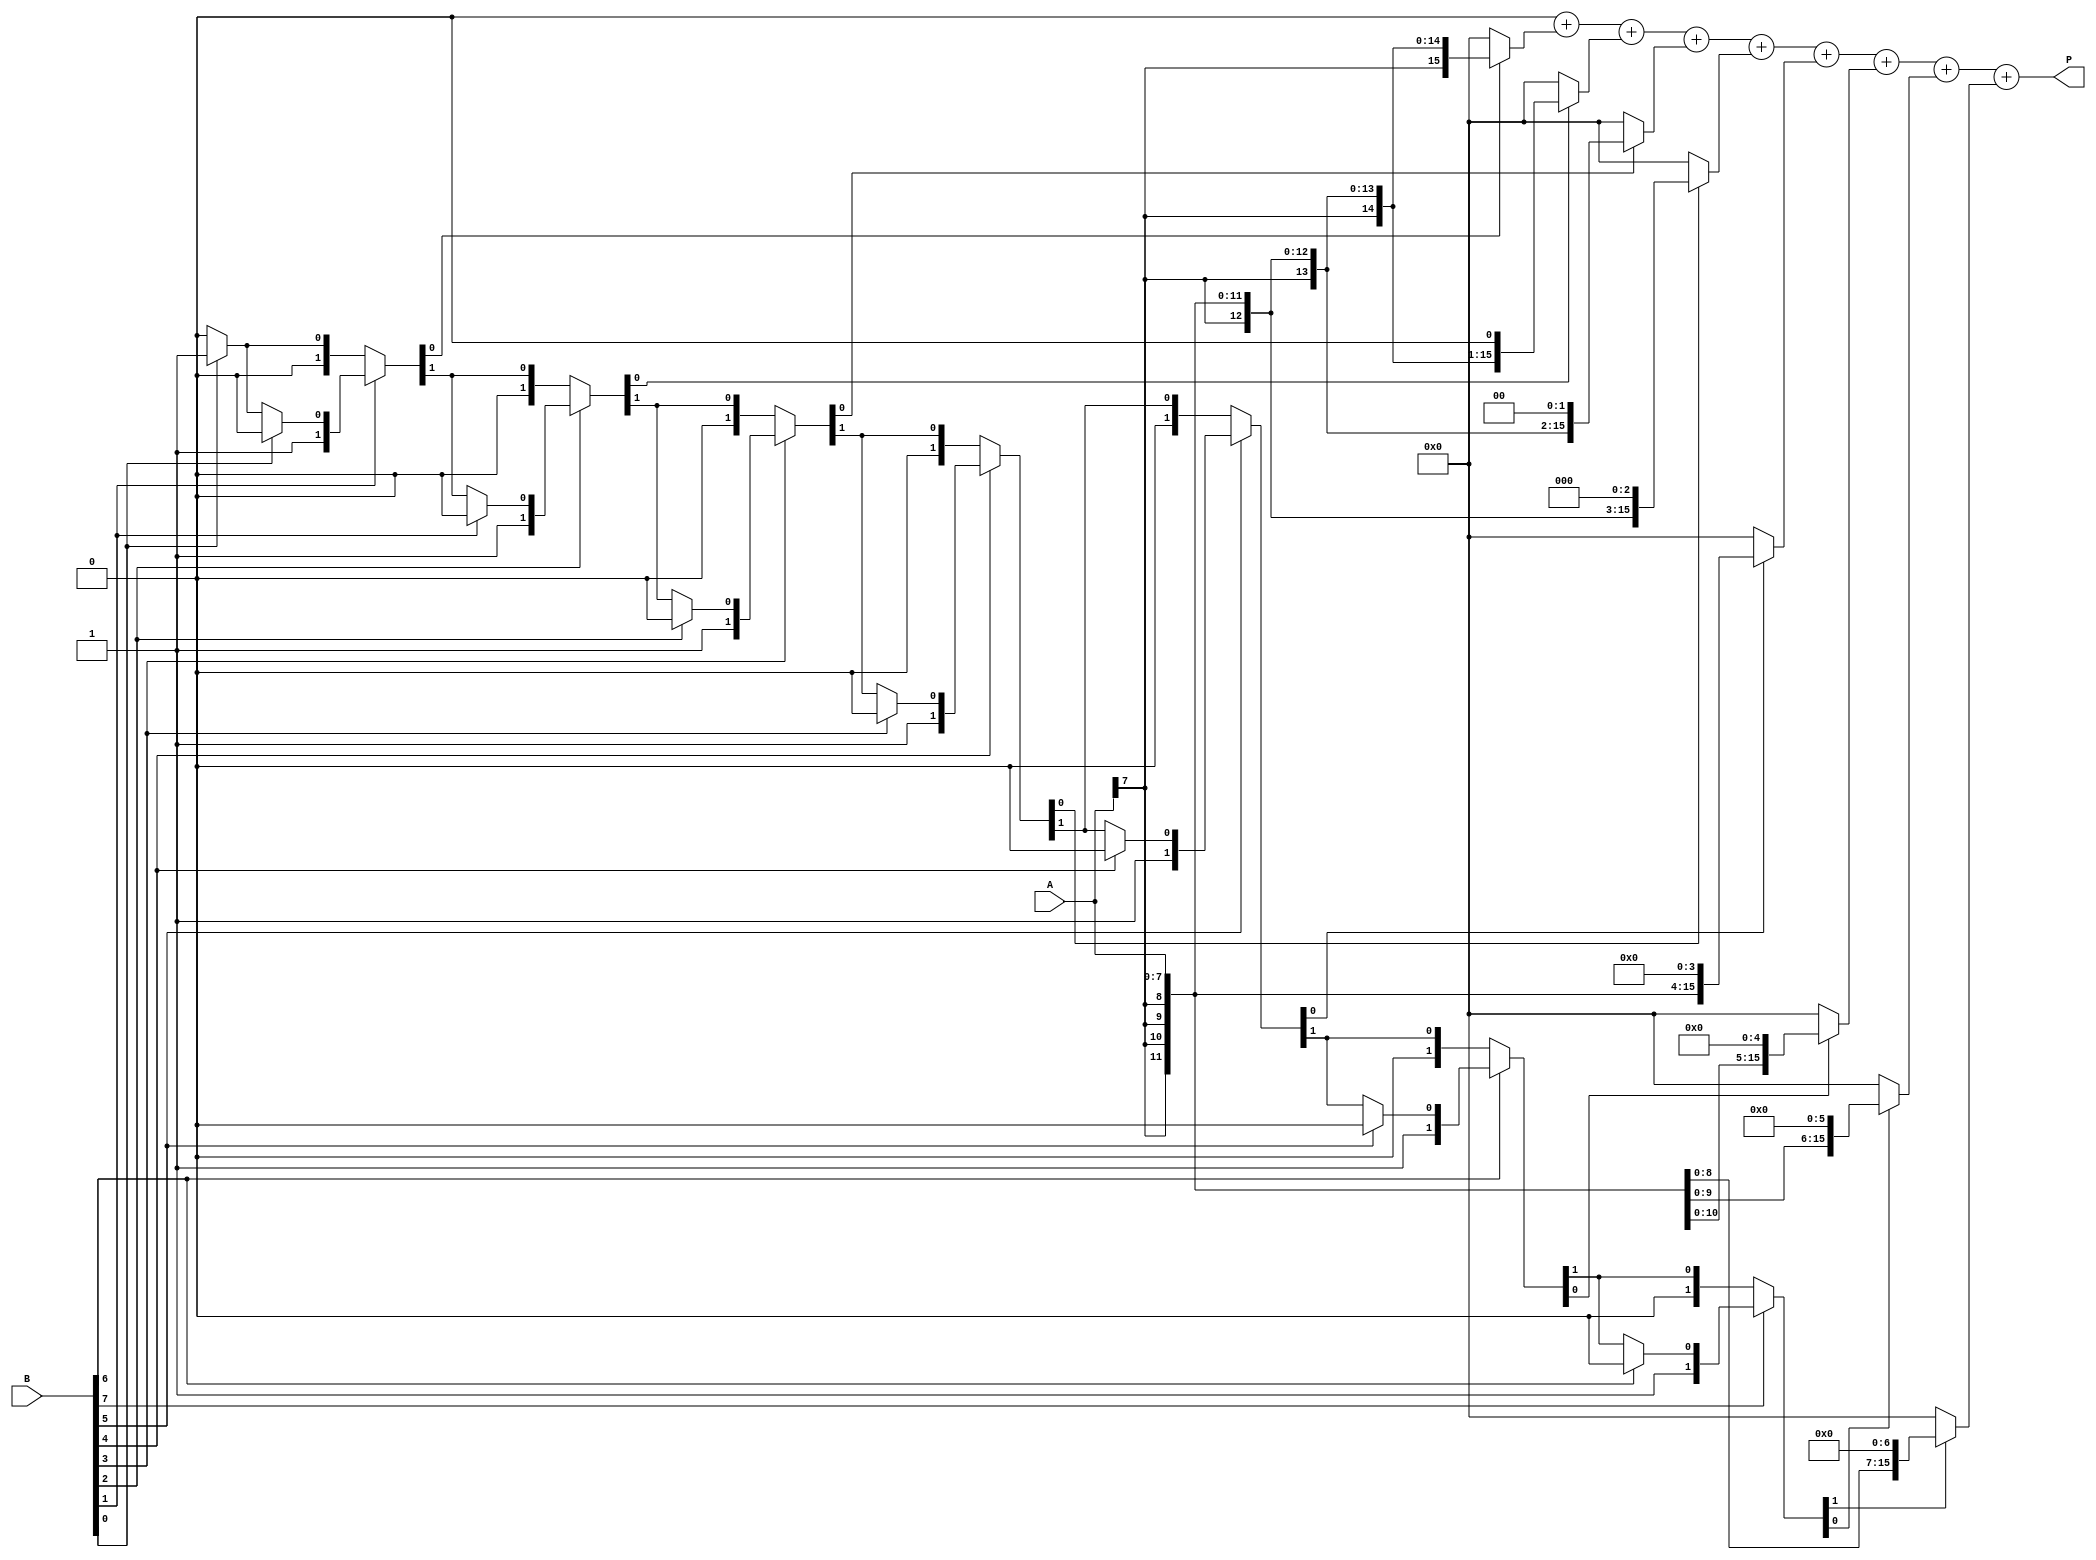
module csd_multiplier #(parameter WIDTH = 8) (
    input signed [WIDTH-1:0] A, // Multiplicand
    input signed [WIDTH-1:0] B, // Multiplier
    output reg signed [2*WIDTH-1:0] P // Product
);

    // Function to convert binary to CSD
    function [WIDTH-1:0] binary_to_csd;
        input [WIDTH-1:0] bin;
        reg [WIDTH-1:0] csd;
        integer i;
        begin
            csd = 0;
            for (i = 0; i < WIDTH; i = i + 1) begin
                if (bin[i] == 1) begin
                    if (i > 0 && bin[i-1] == 1) begin
                        csd[i] = -1; // Set to -1 if previous bit is also 1
                        csd[i-1] = 0; // Clear the previous bit
                    end else begin
                        csd[i] = 1; // Set to 1
                    end
                end
            end
            binary_to_csd = csd;
        end
    endfunction

    // Generate partial products based on CSD representation
    reg signed [2*WIDTH-1:0] partial_products [0:WIDTH-1];
    reg signed [2*WIDTH-1:0] csd_B;
    integer j;

    always @(*) begin
        // Convert B to CSD representation
        csd_B = binary_to_csd(B);
        
        // Initialize partial products to zero
        for (j = 0; j < WIDTH; j = j + 1) begin
            partial_products[j] = 0;
        end

        // Generate partial products based on CSD digits
        for (j = 0; j < WIDTH; j = j + 1) begin
            case (csd_B[j])
                1: partial_products[j] = A << j; // Positive contribution
                -1: partial_products[j] = ~(A << j) + 1; // Negative contribution (two's complement)
                default: partial_products[j] = 0; // No contribution
            endcase
        end

        // Accumulate partial products
        P = 0;
        for (j = 0; j < WIDTH; j = j + 1) begin
            P = P + partial_products[j];
        end
    end
endmodule